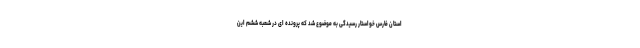
استان فارس خواستار رسیدگی به موضوع شد که پرونده ای در شعبه ششم این